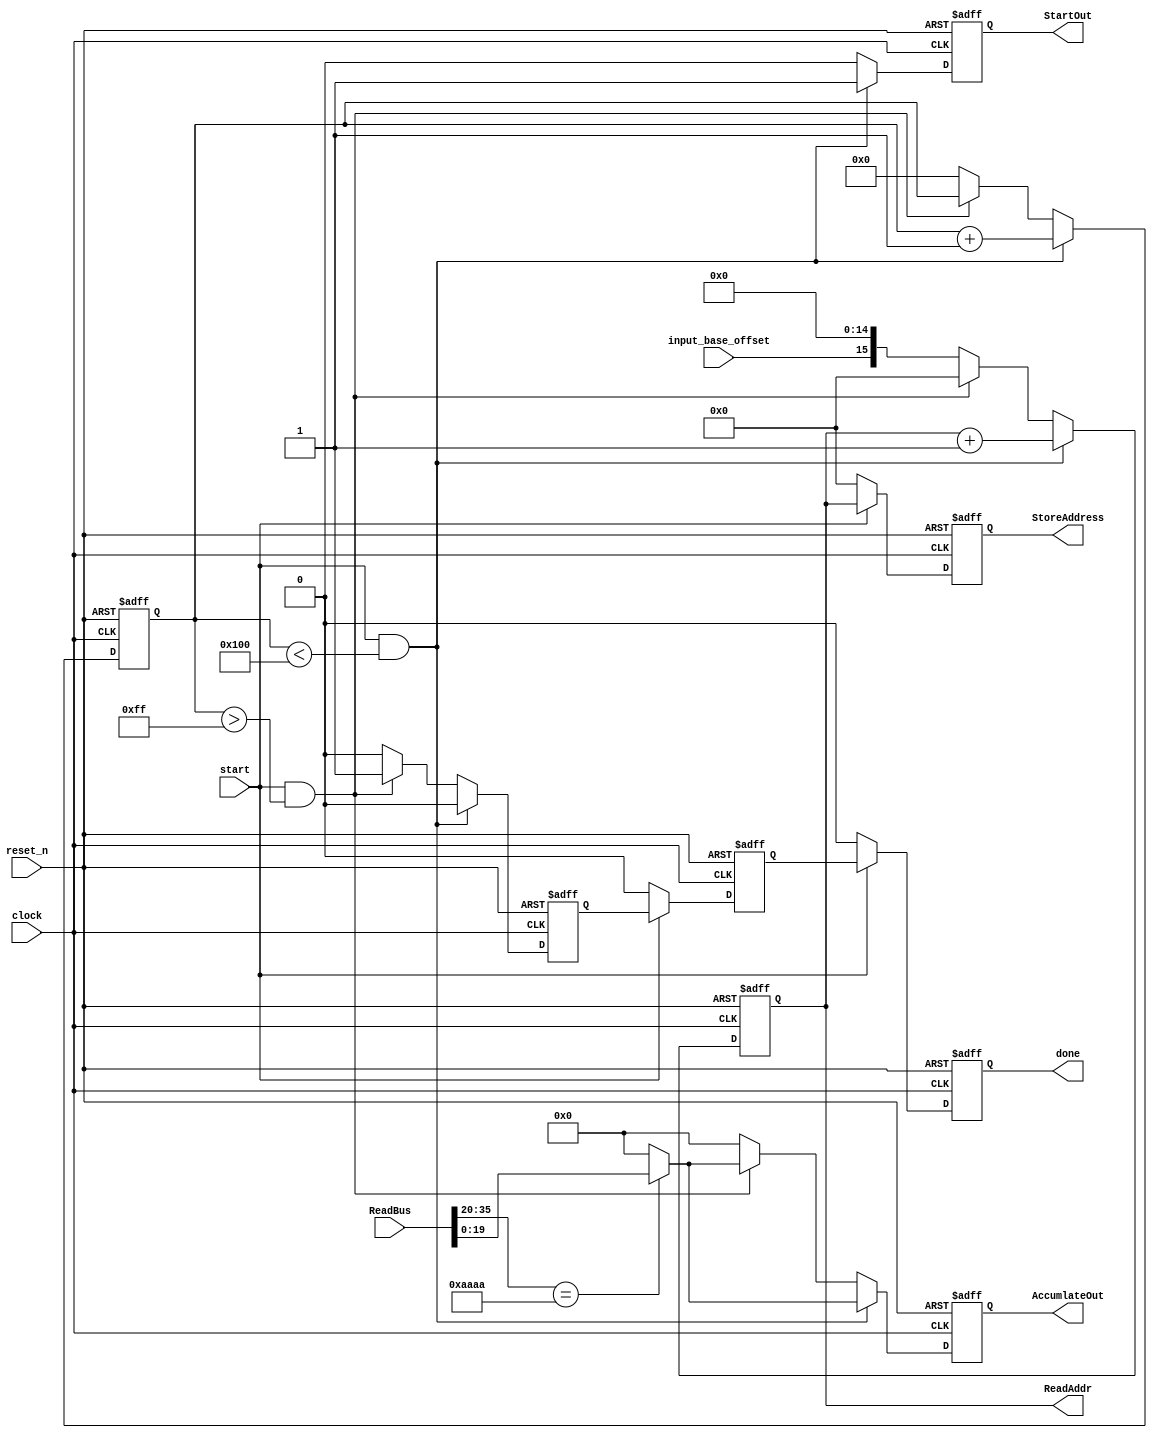
module Cdf_Fetch(
  input wire          clock,
  input wire          reset_n,
  input wire         start,
  input wire [35:0]  ReadBus,
  output wire [15:0]   ReadAddr,
  output reg [19:0]   AccumlateOut,
  output reg          StartOut,
  output reg [15:0]   StoreAddress,
  input wire input_base_offset,
  output reg done
  );

  reg [8:0]           count;
  reg [19:0]         DataIn;
  reg [15:0]          ReadAddress;
  reg done0, done1;

 // assign DataIn = (ReadBus[45:20] == 16'haaaa) ? ReadBus[19:0] : 20'b0;
  assign ReadAddr =  ReadAddress;

  always@(*)
    begin
      if(ReadBus[35:20] == 16'haaaa)
        DataIn <= ReadBus[19:0];
      else
        DataIn <= 20'd0;
    end

  always@(posedge clock or negedge reset_n)
    begin
      if(!reset_n)
        begin
          StoreAddress <= 16'b0;
          done1 <= 1'd0;
          done <= 1'd0;
        end
      else if(start)
        begin
          StoreAddress <= ReadAddress;
          done1 <= done0;
          done <= done1;
        end
      else
        begin
          StoreAddress <= 16'b0;
          done1 <= 1'd0;
          done <= 1'd0;
        end
    end

  always@(posedge clock or negedge reset_n)
    begin
      if(!reset_n)
        begin
          ReadAddress <= 16'b0;
          AccumlateOut <= 20'b0;
          StartOut <= 1'b0;
          count <= 0;
          done0 <= 1'd0;
        end
      else
        begin
          if(start & (count < 9'd256))
            begin
              ReadAddress <= ReadAddress + 1'b1;
              AccumlateOut <= DataIn;
              StartOut <= 1'b1;
              count <= count + 1'b1;
              done0 <= 1'd0;
            end
          else if(start & (count >9'd255))
            begin
              ReadAddress <= 16'd0;
              AccumlateOut <= DataIn;
              StartOut <= 1'b0;
              count <= count;
              done0 <= 1'd1;
            end
          else
            begin
              ReadAddress <= {input_base_offset,15'b0};
              AccumlateOut <= 20'b0;
              StartOut <= 1'b0;
              count <= 1'b0;
              done0 <= 1'd0;
            end
        end
    end

endmodule